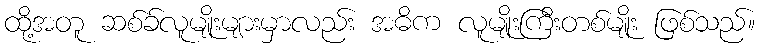
ထို့အတူ ဆစ်ခ်လူမျိုးများမှာလည်း အဓိက လူမျိုးကြီးတစ်မျိုး ဖြစ်သည်။